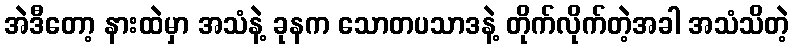
အဲဒီတော့ နားထဲမှာ အသံနဲ့ ခုနက သောတပသာဒနဲ့ တိုက်လိုက်တဲ့အခါ အသံသိတဲ့